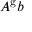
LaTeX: A ^ { \mathrm { g } } b